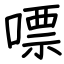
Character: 嘌